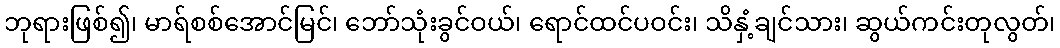
ဘုရားဖြစ်၍၊ မာရ်စစ်အောင်မြင်၊ ဘော်သုံးခွင်ဝယ်၊ ရောင်ထင်ပဝင်း၊ သိနှံ့ချင်သား၊ ဆွယ်ကင်းတုလွတ်၊